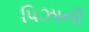
પિઝાની